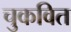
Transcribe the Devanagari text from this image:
चुकवित